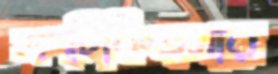
অপচিকিত্সার